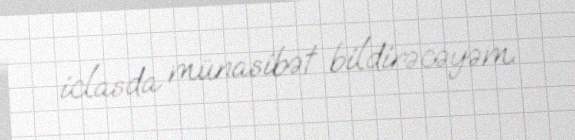
iclasda münasibət bildirəcəyəm.